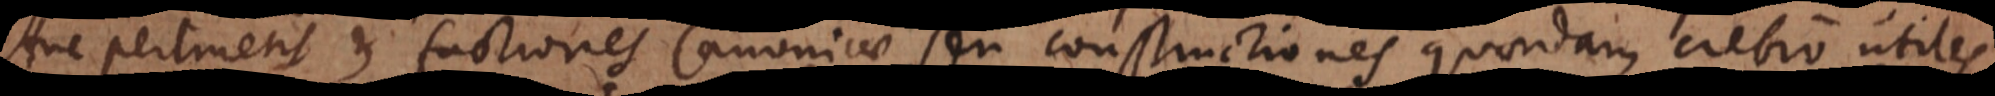
Huc pertinent et factiones Canonicae, seu constructiones quaedam crebro utiles,